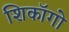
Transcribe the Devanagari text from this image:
शिकॉगो